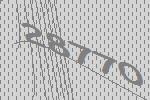
28770